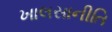
ખાલસાનીતિ